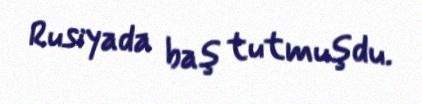
Rusiyada baş tutmuşdu.